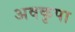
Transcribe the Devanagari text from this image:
अवकृपा